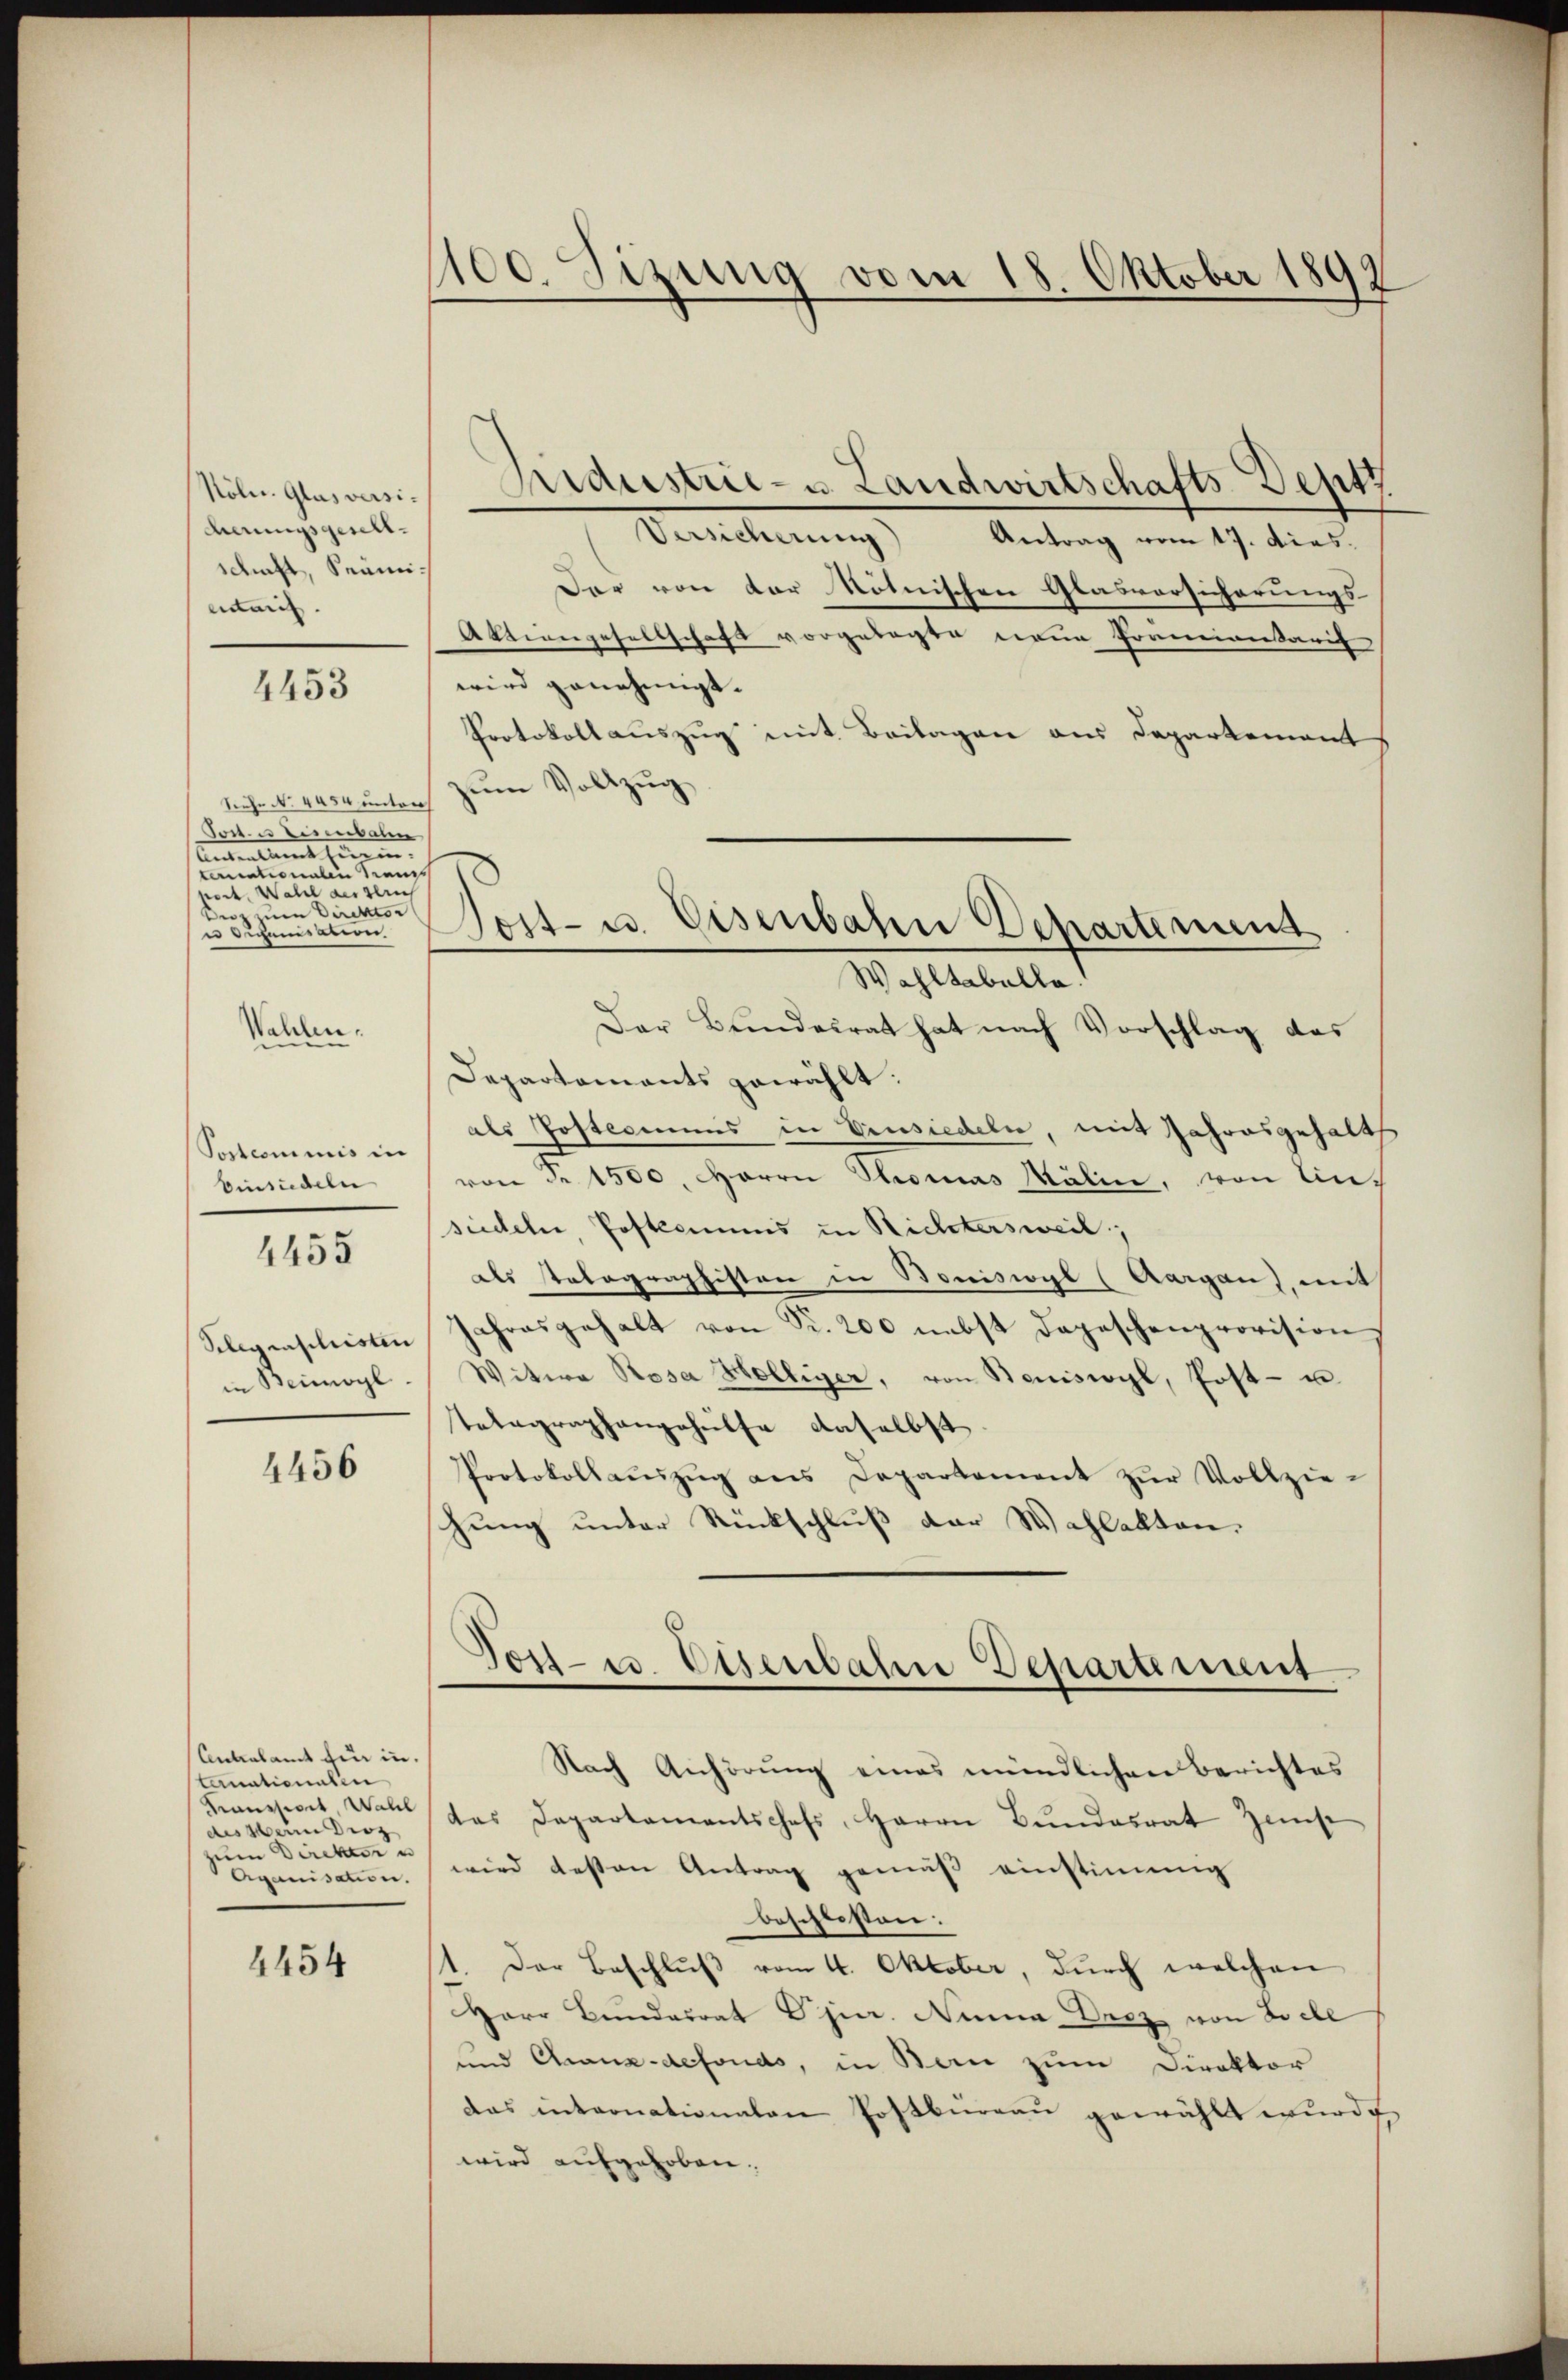
Köln. Glas versiderungsgesell
ducht, Seumientarif

Industrie- u. Landwirtschafts-Deptz
Versicherung) Antrag vom 17. dies.
Dar von der Röhnischen Glasvorsicherungs¬
Aktiengesellschaft vorgelegte neue Premientarif
wird genehmigt.
Protokollauszug mit Beilagen aus Departement
zum Vollzug
Wahltabelle.
Der Bundesrat hat nach Vorschlag das
Wahlen.
Departaments gewählt:
als Postcomens in Einsiedeln, mit Jahresgehalts
Sostcominis in
Einsiedeln von de 1500. Herrn Thomas Mälin, von Ansiedeln, Postamens in Richtersweil;
1455
als statographisten in Boniswyl (Aargau), mit
Selegenschristen Jahresgehalt von Fr. 200 nebst Depeschenprovision
in Beimoyl. Witwe Rosa Hölliger, von Beniswyl, Post- u
Telegraphangehülfe daselbst
4456
Protokollaŭszŭg ans Departement zŭr Vollzie-
hung unter Rückschluß der Wahlakten.

4453

Siehe No 4454 unter
Post. u lesenbahn
Antantient hinein.
tiniationalen Kranz
noct. Wahl ausgleich
Direktes
 Duchanisation

Antalamt für in.
ternationalen
des Mein Diez
zum Direktor u

4454

100. Sizung vom 18. Oktober 1892

Sost- u. Eisenbahn Departement

Tost- u. Eisenbahne Departement

Nach Anhörung eines mündlichen Berichtes
Kanseret, da das Departamentschefs, Herrn Bŭndesrat Zinse
Aganisation wird deßen Antrag gemäß einstimmig
beschlossen.
Der Beschlŭβ vom 4. Oktober, durch welchen
Herr Bundesrat Pjier. Nina Drez von Ziele
und Chaux-defonds, in Bau zum Direktor
das internationalen Postbüreau gewählt wurde
wird aufgehoben.